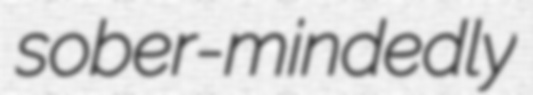
sober-mindedly